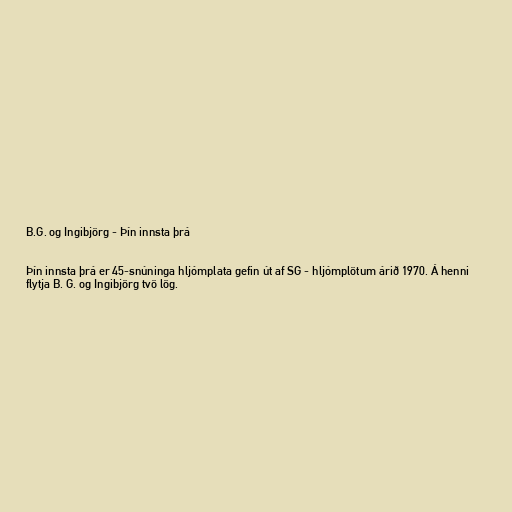
B.G. og Ingibjörg - Þín innsta þrá

Þín innsta þrá er 45-snúninga hljómplata gefin út af SG - hljómplötum árið 1970. Á henni
flytja B. G. og Ingibjörg tvö lög.